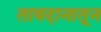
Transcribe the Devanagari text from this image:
तावदानातून